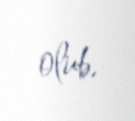
olub.